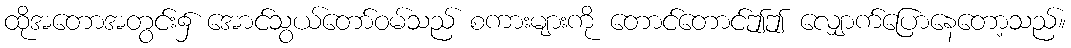
ထိုအတောအတွင်း၌ အောင်သွယ်တော်ဝမ်သည် စကားများကို တောင်တောင်ဤဤ လျှောက်ပြောနေတော့သည်။